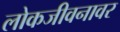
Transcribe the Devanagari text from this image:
लोकजीवनावर